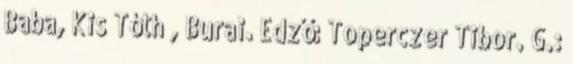
Baba, Kis Tóth , Burai. Edző: Toperczer Tibor. G.: